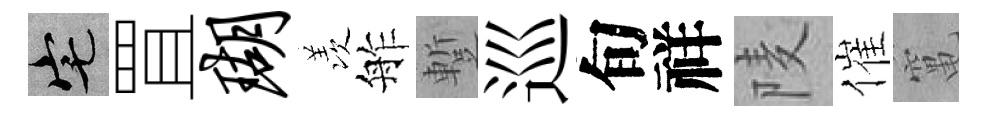
宅罝瑚羡舴蹔巡旬祥𨹧催𥧄